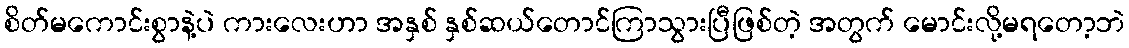
စိတ်မကောင်းစွာနဲ့ပဲ ကားလေးဟာ အနှစ် နှစ်ဆယ်တောင်ကြာသွားပြီဖြစ်တဲ့ အတွက် မောင်းလို့မရတော့ဘဲ